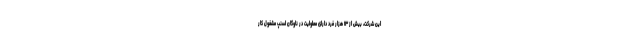
این شرکت، بیش از ۱۳ هزار فرد دارای معلولیت در ناوگان اسنپ مشغول کار